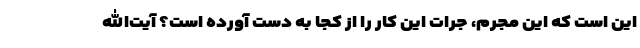
این است که این مجرم، جرات این کار را از کجا به دست آورده است؟ آیت‌الله